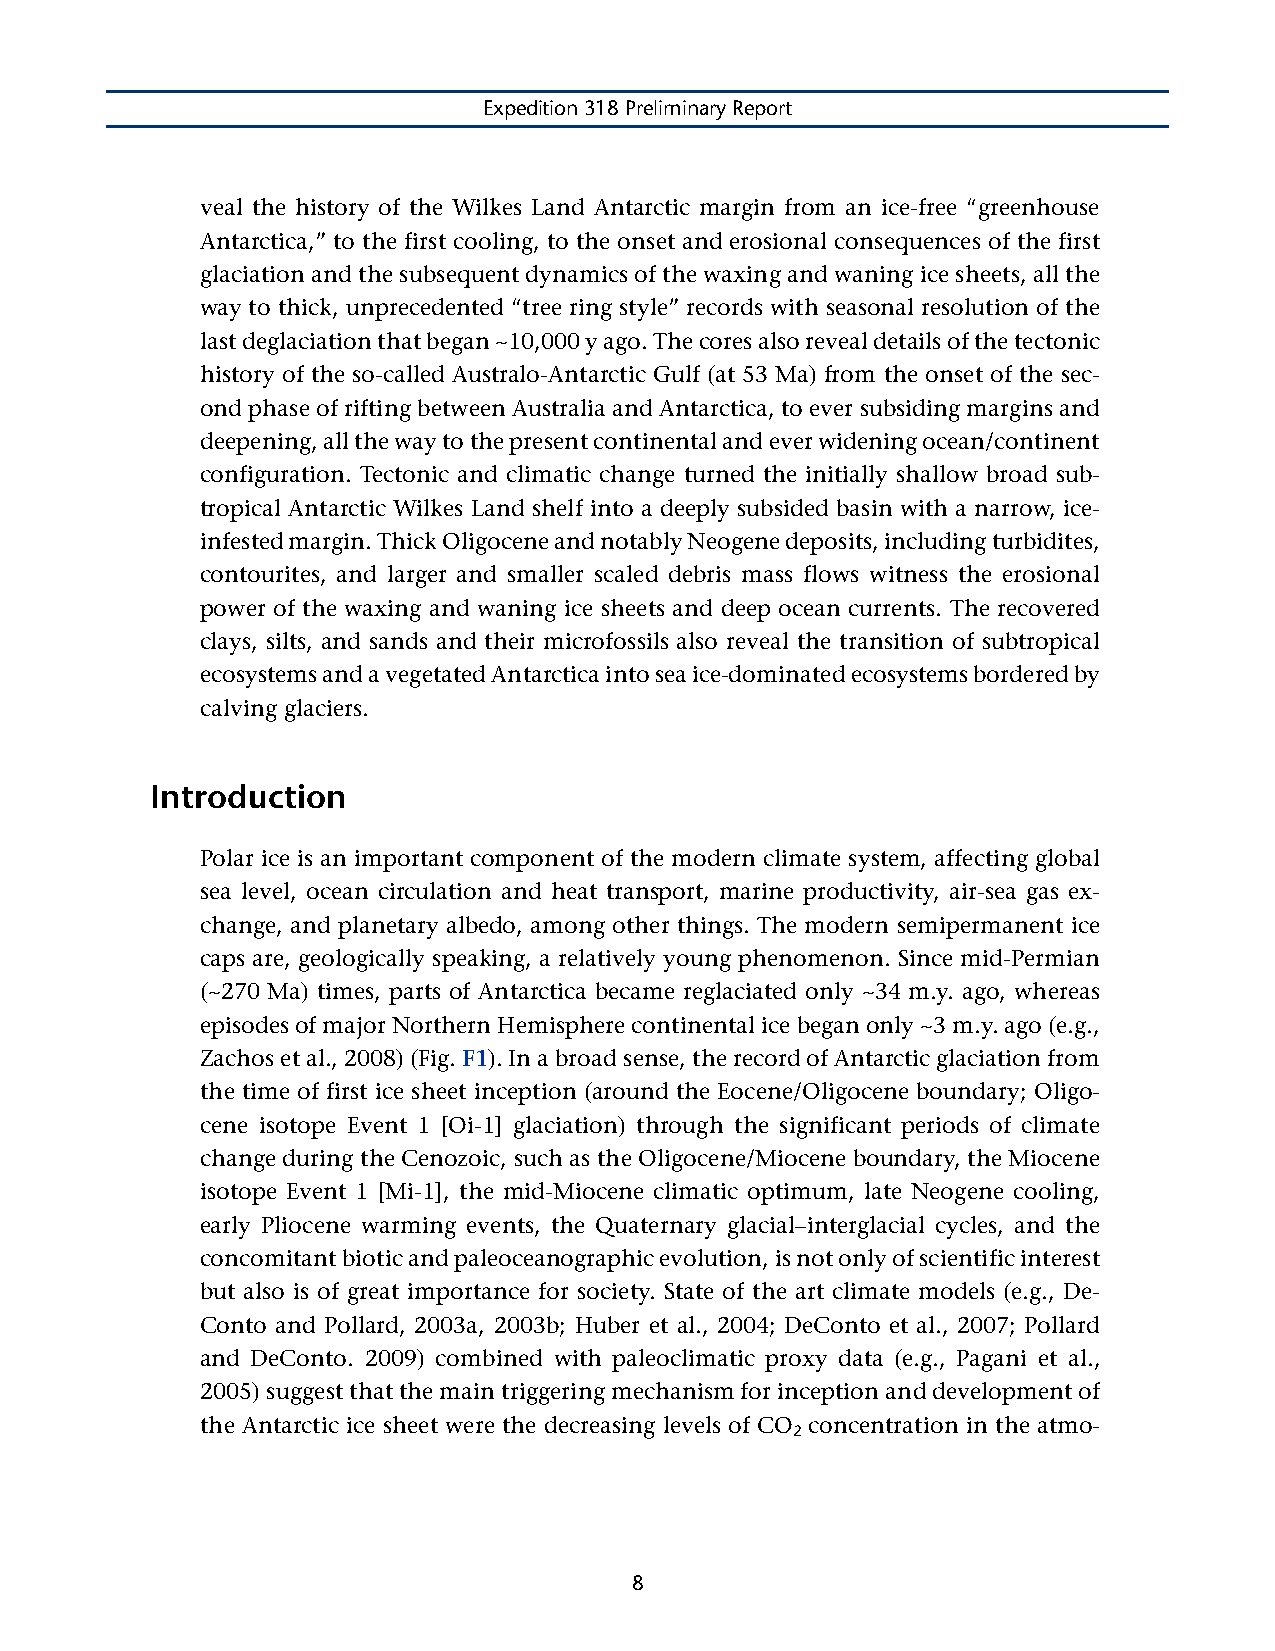
Expedition 318 Preliminary Report
 veal the history of the Wilkes Land Antarctic margin from an ice-free “greenhouse
 Antarctica,” to the first cooling, to the onset and erosional consequences of the first
 glaciation and the subsequent dynamics of the waxing and waning ice sheets, all the
 way to thick, unprecedented “tree ring style” records with seasonal resolution of the
 last deglaciation that began ~10,000 y ago. The cores also reveal details of the tectonic
 history of the so-called Australo-Antarctic Gulf (at 53 Ma) from the onset of the sec-
 ond phase of rifting between Australia and Antarctica, to ever subsiding margins and
 deepening, all the way to the present continental and ever widening ocean/continent
 configuration. Tectonic and climatic change turned the initially shallow broad sub-
 tropical Antarctic Wilkes Land shelf into a deeply subsided basin with a narrow, ice-
 infested margin. Thick Oligocene and notably Neogene deposits, including turbidites,
 contourites, and larger and smaller scaled debris mass flows witness the erosional
 power of the waxing and waning ice sheets and deep ocean currents. The recovered
 clays, silts, and sands and their microfossils also reveal the transition of subtropical
 ecosystems and a vegetated Antarctica into sea ice-dominated ecosystems bordered by
 calving glaciers.
 Introduction
 Polar ice is an important component of the modern climate system, affecting global
 sea level, ocean circulation and heat transport, marine productivity, air-sea gas ex-
 change, and planetary albedo, among other things. The modern semipermanent ice
 caps are, geologically speaking, a relatively young phenomenon. Since mid-Permian
 (~270 Ma) times, parts of Antarctica became reglaciated only ~34 m.y. ago, whereas
 episodes of major Northern Hemisphere continental ice began only ~3 m.y. ago (e.g.,
 Zachos et al., 2008) (Fig. F1). In a broad sense, the record of Antarctic glaciation from
 the time of first ice sheet inception (around the Eocene/Oligocene boundary; Oligo-
 cene isotope Event 1 [Oi-1] glaciation) through the significant periods of climate
 change during the Cenozoic, such as the Oligocene/Miocene boundary, the Miocene
 isotope Event 1 [Mi-1], the mid-Miocene climatic optimum, late Neogene cooling,
 early Pliocene warming events, the Quaternary glacial–interglacial cycles, and the
 concomitant biotic and paleoceanographic evolution, is not only of scientific interest
 but also is of great importance for society. State of the art climate models (e.g., De-
 Conto and Pollard, 2003a, 2003b; Huber et al., 2004; DeConto et al., 2007; Pollard
 and DeConto. 2009) combined with paleoclimatic proxy data (e.g., Pagani et al.,
 2005) suggest that the main triggering mechanism for inception and development of
 the Antarctic ice sheet were the decreasing levels of CO concentration in the atmo-
 2
 8